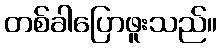
တစ်ခါပြောဖူးသည်။